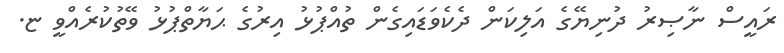
ރައީސް ނާޞިރު ދުނިޔޭގެ އަލިކަން ދެކެވަޑައިގެން ތުއްޕުޅު އިރުގެ ޙަޔާތްޕުޅު ވޭތުކުރެއްވީ ޏ.